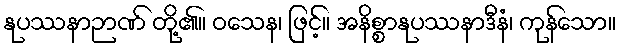
နုပဿနာဉာဏ် တို့၏။ ဝသေန၊ ဖြင့်။ အနိစ္စာနုပဿနာဒီနံ၊ ကုန်သော။